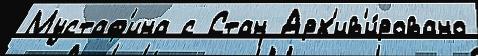
Мустаф'ина с Стан Арх'ив'и́ровано